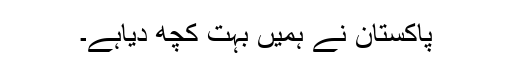
پاکستان نے ہمیں بہت کچھ دیاہے۔